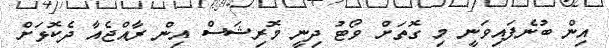
އިން ބުނެފައިވަނީ މި ގޮތަށް ވޯޓު ދިނީ މޮރިޝަސް އިން ރާއްޖެއާ ދެކޮޅަށް